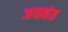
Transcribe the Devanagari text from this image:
जयमंत